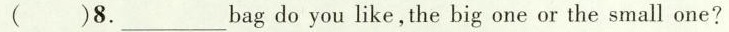
( )8.___ bag do you like, the big one or the small one?